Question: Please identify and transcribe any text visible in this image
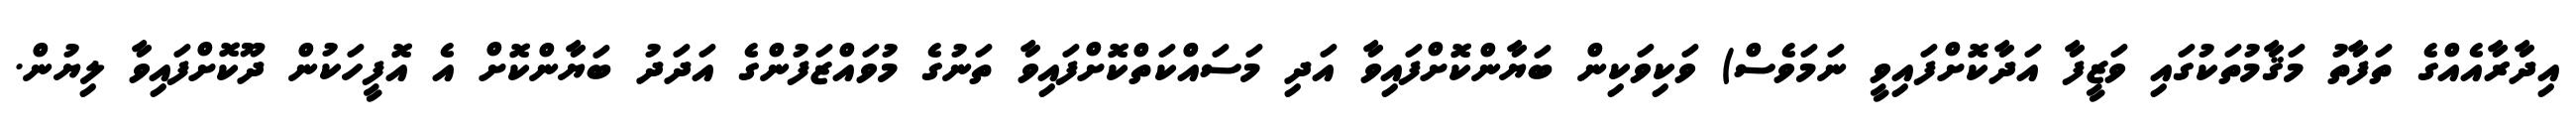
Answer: އިދާރާއެއްގެ ތަފާތު މަޤާމުތަކުގައި ވަޒީފާ އަދާކޮށްފައިވީ ނަމަވެސް) ވަކިވަކިން ބަޔާންކޮށްފައިވާ އަދި މަސައްކަތްކޮށްފައިވާ ތަނުގެ މުވައްޒަފުންގެ އަދަދު ބަޔާންކޮށް އެ އޮފީހަކުން ދޫކޮށްފައިވާ ލިޔުން.